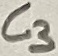
Text: C3